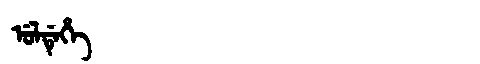
Manchu: ᡠᠯᡩᡝᡥᡝ
Romanization: ULDEHE